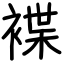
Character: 褋